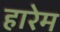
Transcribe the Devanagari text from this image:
हारेम